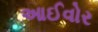
આઈવોર